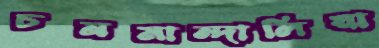
চনমান্দালিয়া